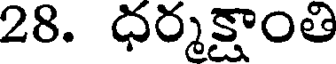
28. ధర్మక్షాంతి